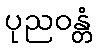
ပုညဝန္တံ